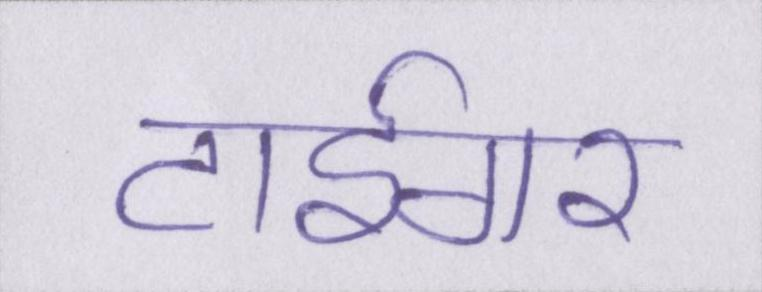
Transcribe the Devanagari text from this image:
टाईगर